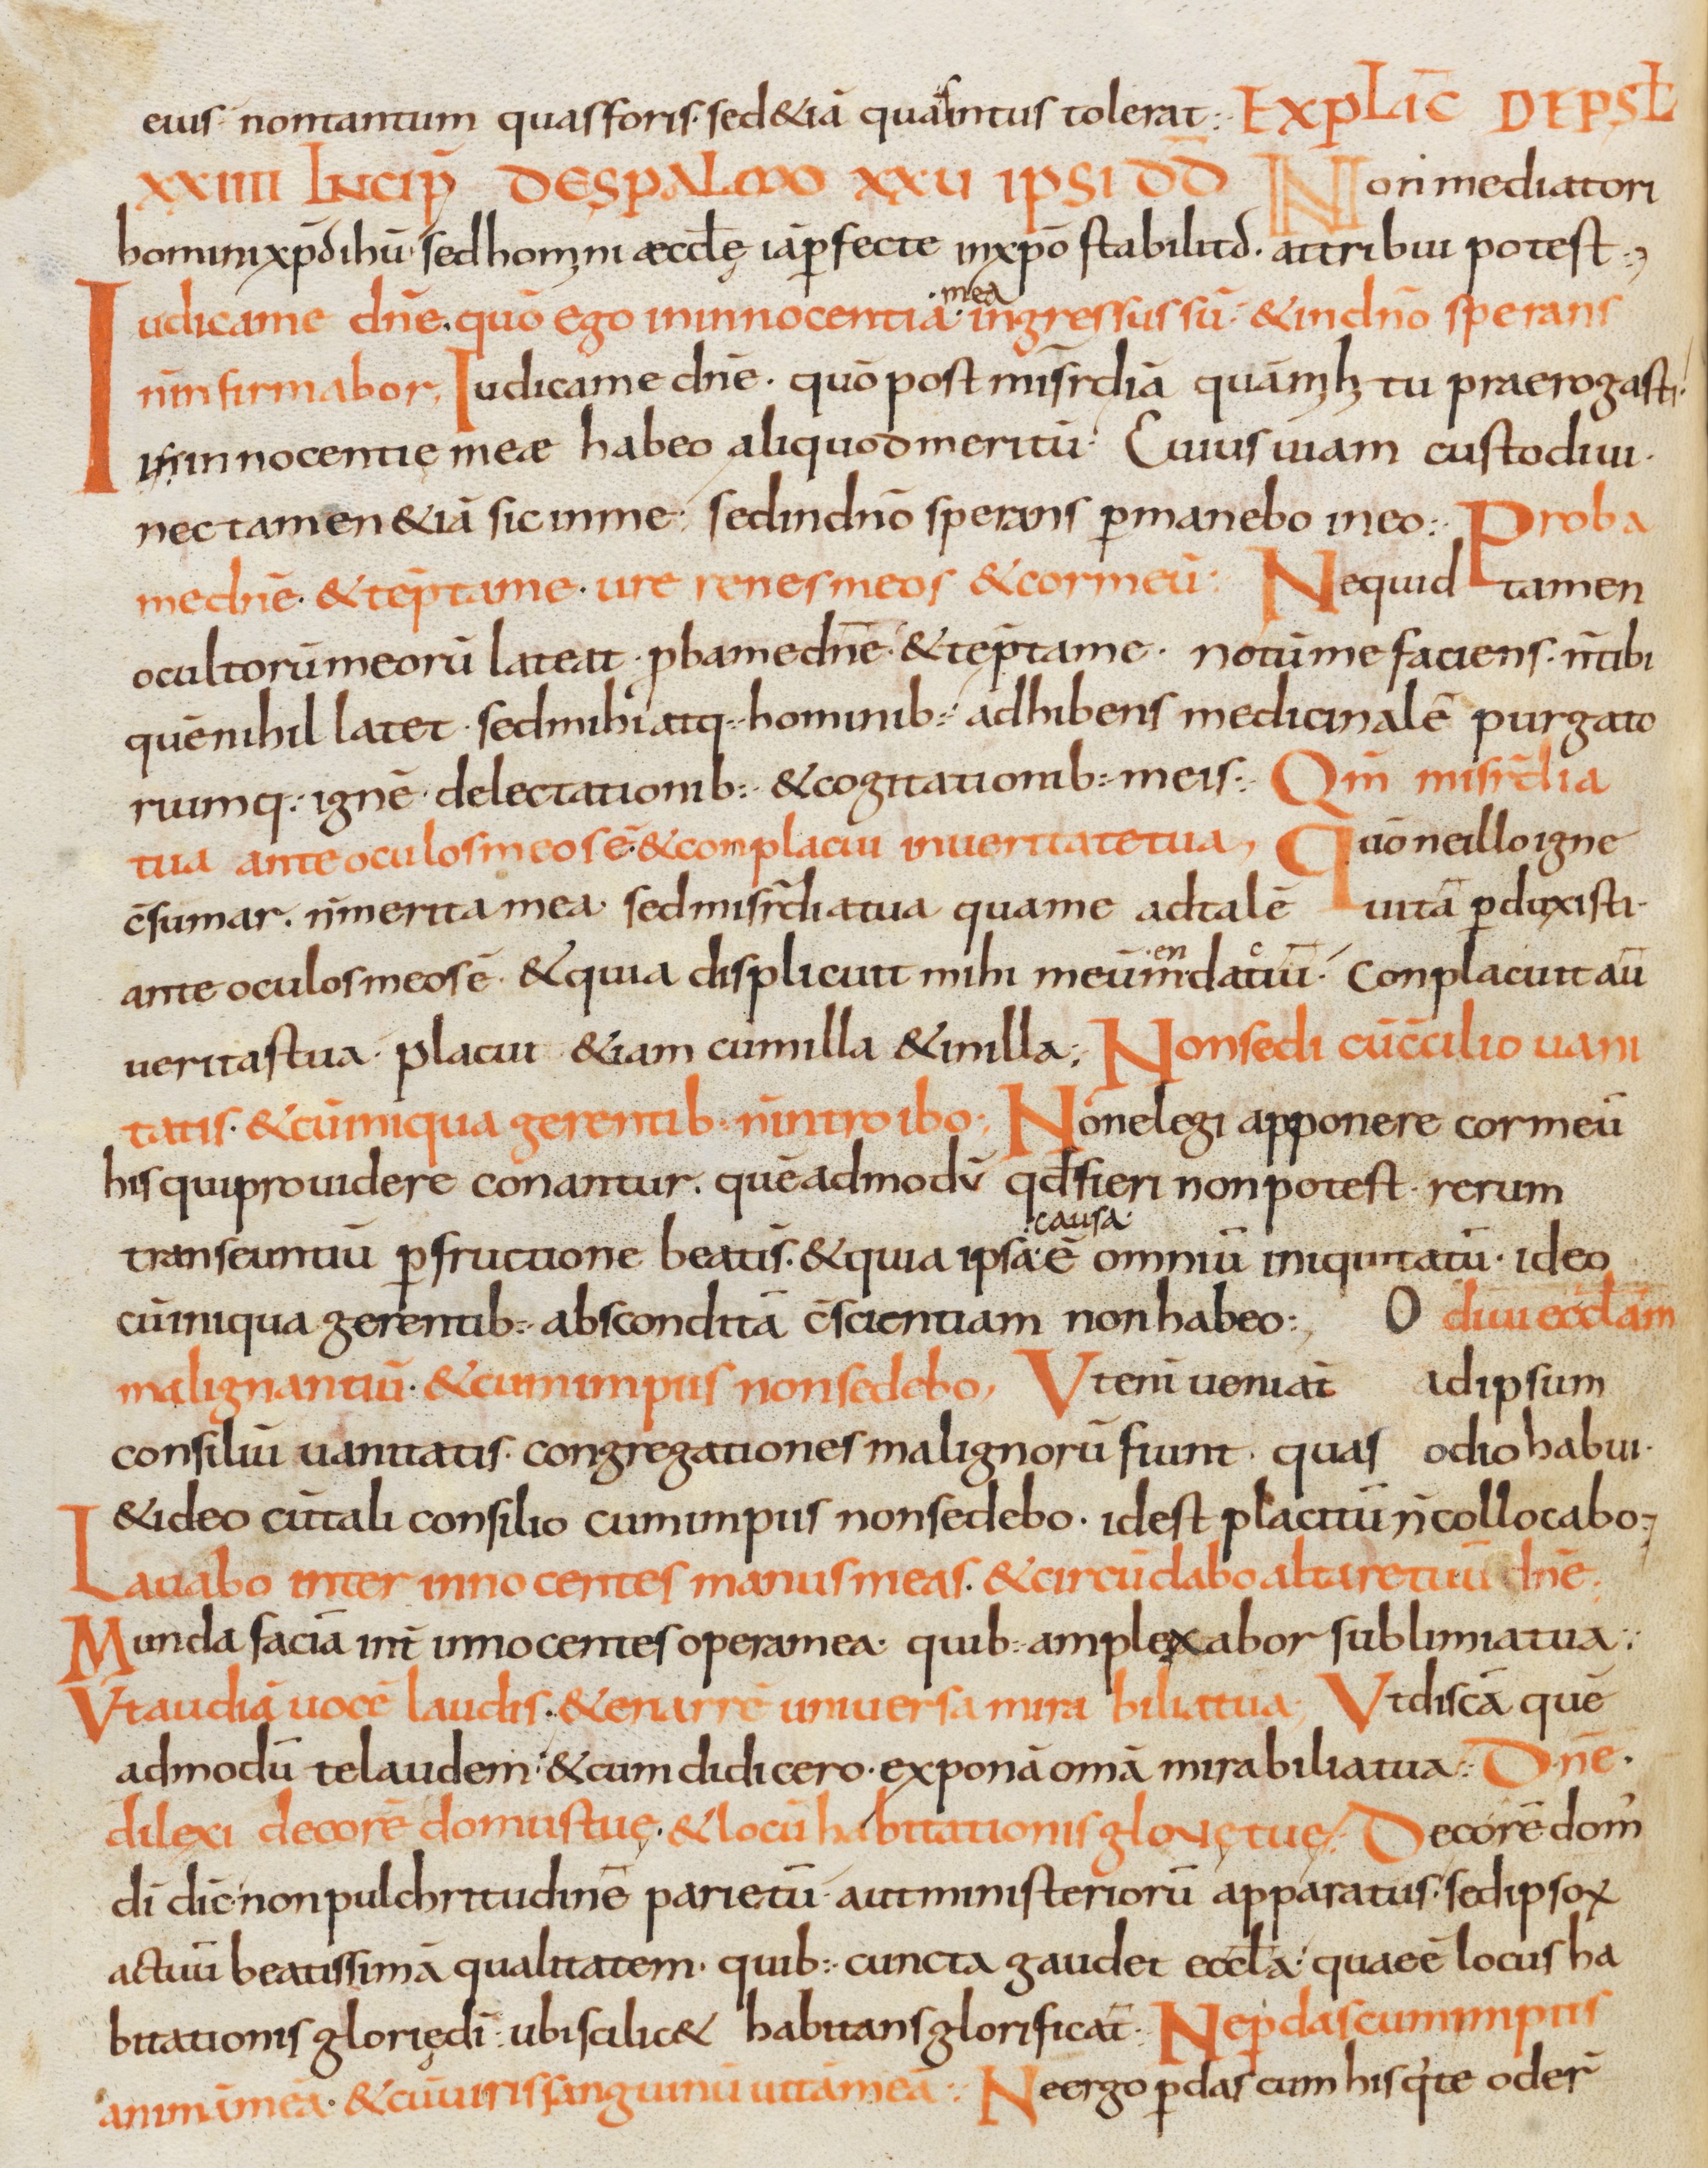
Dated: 800–899